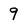
Character: 9